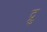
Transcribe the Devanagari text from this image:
द्रु